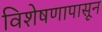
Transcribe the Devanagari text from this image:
विशेषणापासून